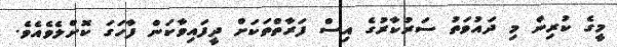
މީގެ ކުރިން މި ދައުވަތު ސަރުކާރުގެ އިސް ފަރާތްތަކަށް ދީފައިވާކަން ފާހަގަ ކޮށްލެވެއެވެ.